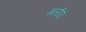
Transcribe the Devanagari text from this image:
गलीउं